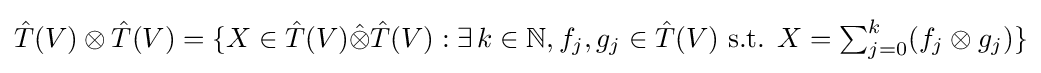
{\hat {T}}(V)\otimes {\hat {T}}(V)=\{X\in {\hat {T}}(V){\hat {\otimes }}{\hat {T}}(V):\exists \,k\in \mathbb {N} ,f_{j},g_{j}\in {\hat {T}}(V){\text{ s.t. }}X={\textstyle \sum }_{j=0}^{k}(f_{j}\otimes g_{j})\}